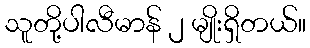
သူတို့ပါလီမာန် ၂ မျိုးရှိတယ်။